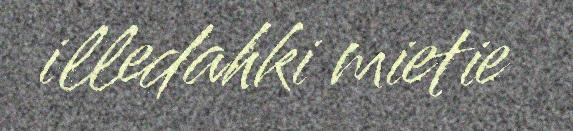
illedahki mietie